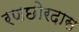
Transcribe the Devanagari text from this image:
रणछोरदास